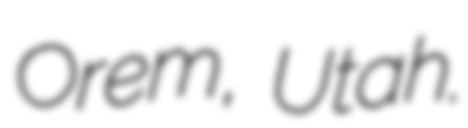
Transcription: Orem, Utah.